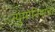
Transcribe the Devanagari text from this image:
न्युमोनियाचा